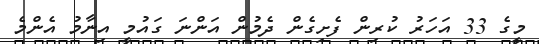
މީގެ 33 އަހަރު ކުރިން ފެށިގެން ދެމުން އަންނަ ގައުމީ އިނާމު އެންމެ